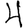
Digit: 4